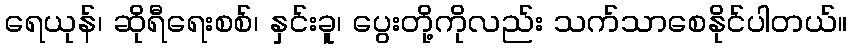
ရေယုန်၊ ဆိုရီရေးစစ်၊ နှင်းခူ၊ ပွေးတို့ကိုလည်း သက်သာစေနိုင်ပါတယ်။